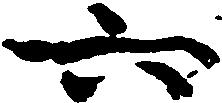
六